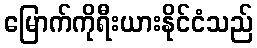
မြောက်ကိုရီးယားနိုင်ငံသည်